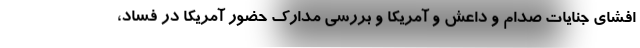
افشای جنایات صدام و داعش و آمریکا و بررسی مدارک حضور آمریکا در فساد،